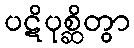
ပဋိပုစ္ဆိတွာ